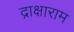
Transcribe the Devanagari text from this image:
द्राक्षाराम